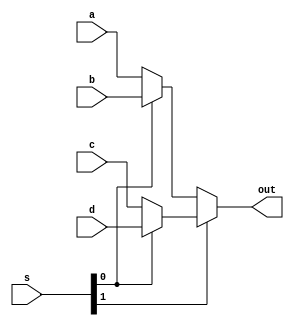
module mux(a,b,c,d,s,out);

input a,b,c,d;
input [1:0]s;
output out;
assign out=s[1]?(s[0]?d:c):(s[0]?b:a);

endmodule